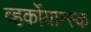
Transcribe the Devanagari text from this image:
व्हर्कोयान्स्क